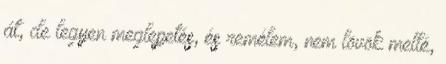
át, de legyen meglepetés, és remélem, nem lövök mellé,